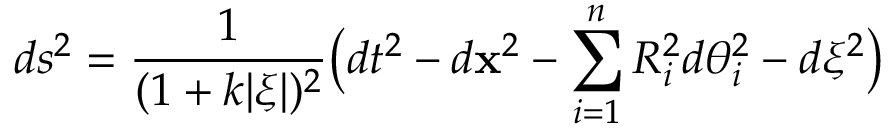
d s ^ { 2 } = \frac { 1 } { ( 1 + k | \xi | ) ^ { 2 } } \bigl ( d t ^ { 2 } - d { \bf x } ^ { 2 } - \sum _ { i = 1 } ^ { n } R _ { i } ^ { 2 } d \theta _ { i } ^ { 2 } - d \xi ^ { 2 } \bigr )